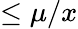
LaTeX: \leq\mu/x